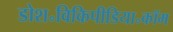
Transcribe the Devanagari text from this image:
डोश॰विकिपीडिया॰कॉम